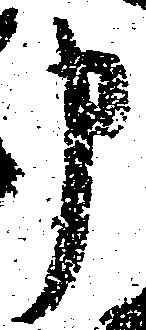
申